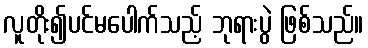
လူတိုး၍ပင်မပေါက်သည့် ဘုရားပွဲ ဖြစ်သည်။